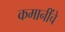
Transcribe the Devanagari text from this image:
कमानींचे